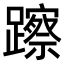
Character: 𨆾